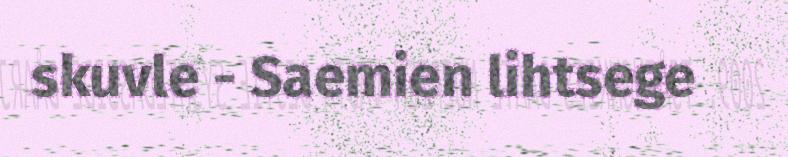
skuvle - Saemien lihtsege